Vaccination in Burma 1912-1922 - 1912-1922
Year: 1912
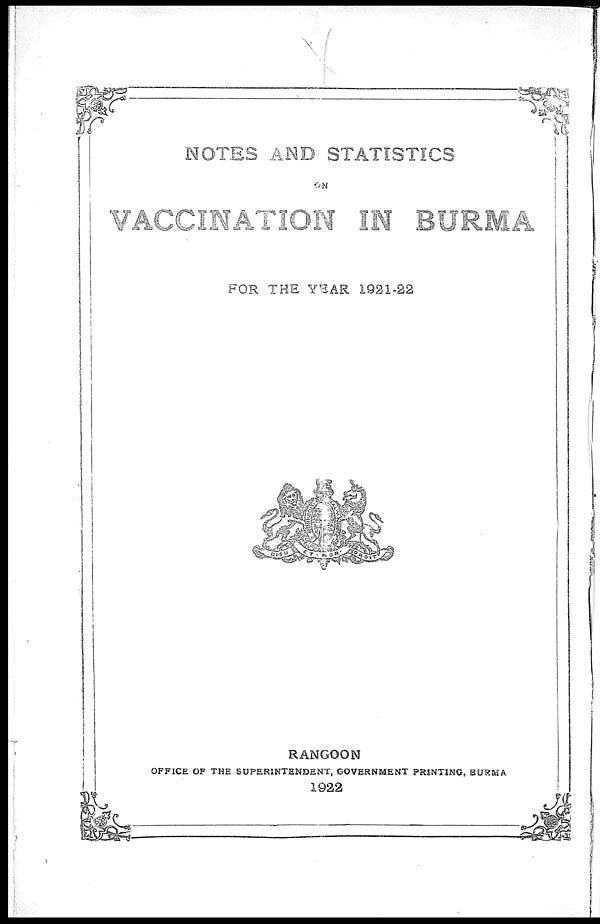
NOTES AND STATISTICS
ON
VACCINATION IN BURMA
FOR THE YEAR 1921-22
RANGOON
OFFICE OF THE SUPERINTENDENT, GOVERNMENT PRINTING, BURMA
1922